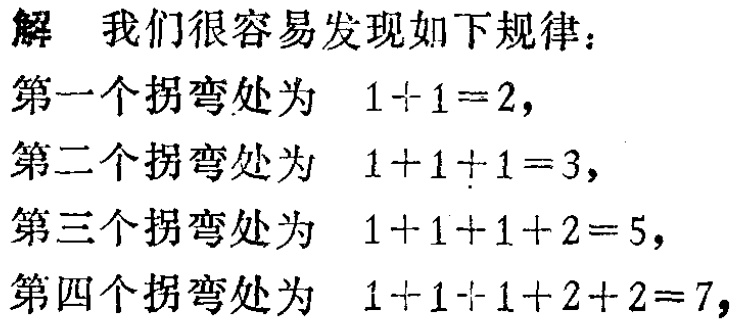
解 我们很容易发现如下规律：
第一个拐弯处为 \(1 + 1 = 2\)，
第二个拐弯处为 \(1 + 1 + 1 = 3\)，
第三个拐弯处为 \(1 + 1 + 1 + 2 = 5\)，
第四个拐弯处为 \(1 + 1 + 1 + 2 + 2 = 7\)，